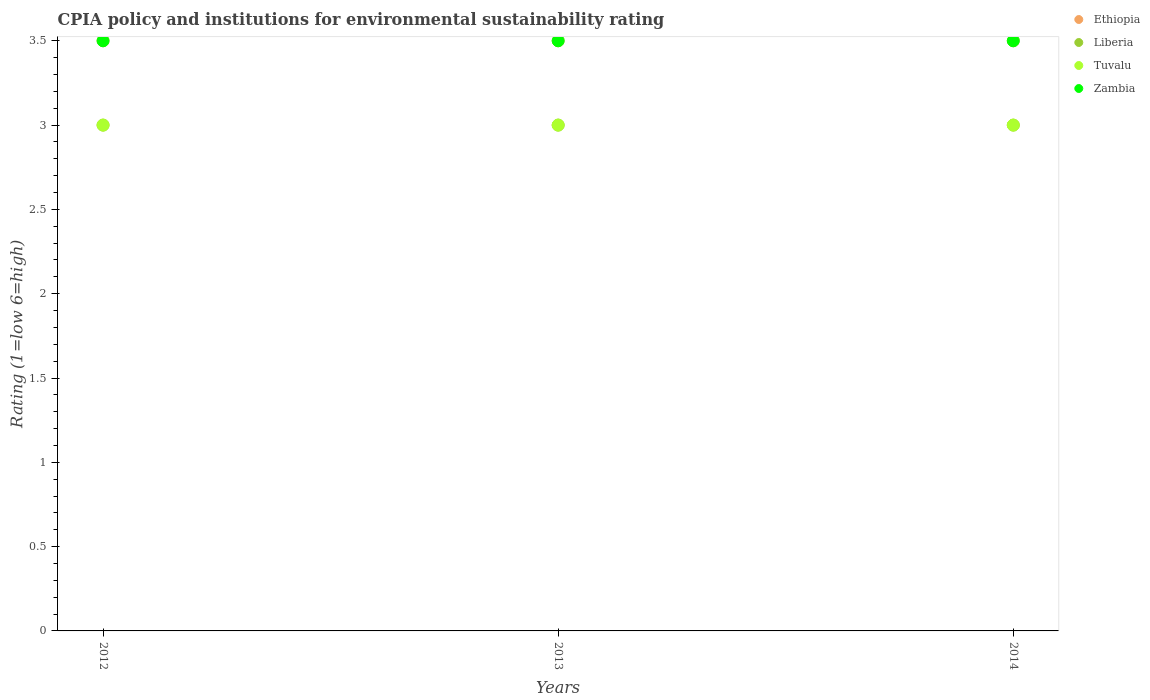
| Years | Ethiopia | Liberia | Tuvalu | Zambia |
 | --- | --- | --- | --- | --- |
 | 2012 | 3.5 | 3 | 3 | 3.5 |
 | 2013 | 3.5 | 3 | 3 | 3.5 |
 | 2014 | 3.5 | 3 | 3 | 3.5 |